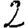
Digit: 2